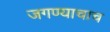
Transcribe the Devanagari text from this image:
जगण्याचाच